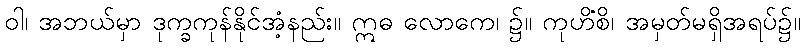
ဝါ၊ အဘယ်မှာ ဒုက္ခကုန်နိုင်အံ့နည်း။ ဣဓ လောကေ၊ ၌။ ကုဟိံစိ၊ အမှတ်မရှိအရပ်၌။